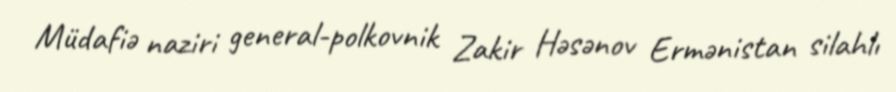
Müdafiə naziri general-polkovnik Zakir Həsənov Ermənistan silahlı